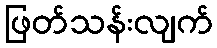
ဖြတ်သန်းလျက်